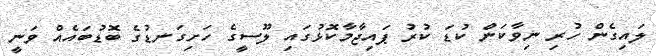
ލައިގެން ހުރި ނިވާކަން ކުޑަ ކުރު ޕައިޖާމާކޮޅުގައި ލޫސީގެ ހަށިގަނޑުގެ ބޮޑުބައެއް ވަނީ